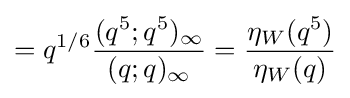
=q^{1/6}{\frac {(q^{5};q^{5})_{\infty }}{(q;q)_{\infty }}}={\frac {\eta _{W}(q^{5})}{\eta _{W}(q)}}